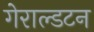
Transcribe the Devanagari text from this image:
गेराल्डटन